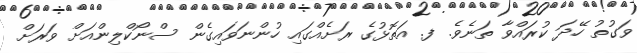
ވަގުތު ހޭދަ ކުރައްވާ ތަނެވެ. ފ. އަތޮޅުގެ ރަށެއްގައި ހުންނަވައިގެން ސްނޯކްލިންއަށް ވަރަށް